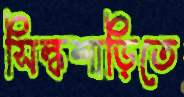
সিল্কশাড়িতে